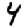
Digit: 4